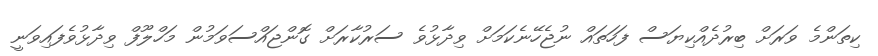
ކިތަންމެ ވަރަށް ބިރުދެއްކިޔަސް ފަހަތައް ނުޖެހޭނެކަމަށް ވިދާޅުވެ ސަރުކާރަށް ގޮންޖައްސަވަމުން މަހްލޫފް ވިދާޅުވެފައިވަނީ